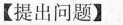
【提出问题】